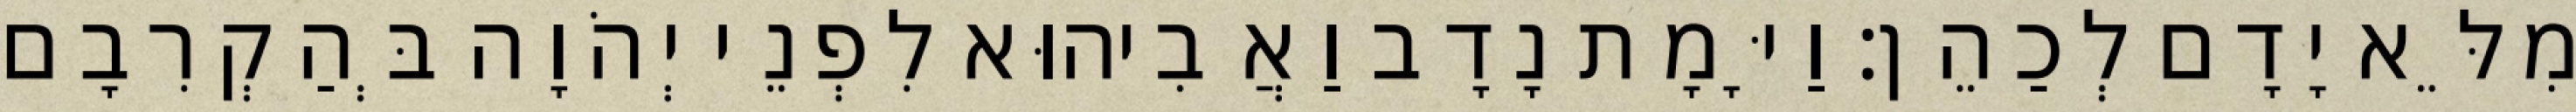
מִלֵּא יָדָם לְכַהֵן׃ וַיָּמָת נָדָב וַאֲבִיהוּא לִפְנֵי יְהֹוָה בְּהַקְרִבָם